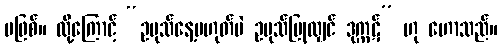
မဖြစ်။ ထို့ကြောင့် “ဥပုသ်နေ့မဟုတ်ပဲ ဥပုသ်ပြုလျှင် ဒုက္ကဋ်” ဟု ဟောသည်။